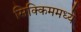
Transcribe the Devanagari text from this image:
सिक्किममध्ये